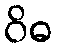
ဝိဓ